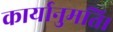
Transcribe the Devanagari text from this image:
कार्यानुमति।